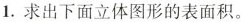
1. 求出下面立体图形的表面积。